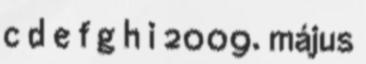
c d e f g h i 2009. május